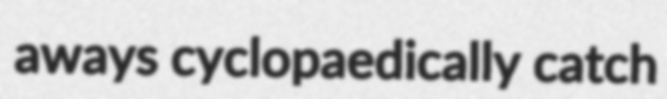
aways cyclopaedically catch